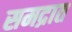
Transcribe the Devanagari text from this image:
समद्रात